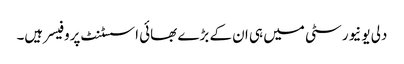
دلی یونیورسٹی میں ہی ان کے بڑے بھائی اسسٹنٹ پروفیسر ہیں۔